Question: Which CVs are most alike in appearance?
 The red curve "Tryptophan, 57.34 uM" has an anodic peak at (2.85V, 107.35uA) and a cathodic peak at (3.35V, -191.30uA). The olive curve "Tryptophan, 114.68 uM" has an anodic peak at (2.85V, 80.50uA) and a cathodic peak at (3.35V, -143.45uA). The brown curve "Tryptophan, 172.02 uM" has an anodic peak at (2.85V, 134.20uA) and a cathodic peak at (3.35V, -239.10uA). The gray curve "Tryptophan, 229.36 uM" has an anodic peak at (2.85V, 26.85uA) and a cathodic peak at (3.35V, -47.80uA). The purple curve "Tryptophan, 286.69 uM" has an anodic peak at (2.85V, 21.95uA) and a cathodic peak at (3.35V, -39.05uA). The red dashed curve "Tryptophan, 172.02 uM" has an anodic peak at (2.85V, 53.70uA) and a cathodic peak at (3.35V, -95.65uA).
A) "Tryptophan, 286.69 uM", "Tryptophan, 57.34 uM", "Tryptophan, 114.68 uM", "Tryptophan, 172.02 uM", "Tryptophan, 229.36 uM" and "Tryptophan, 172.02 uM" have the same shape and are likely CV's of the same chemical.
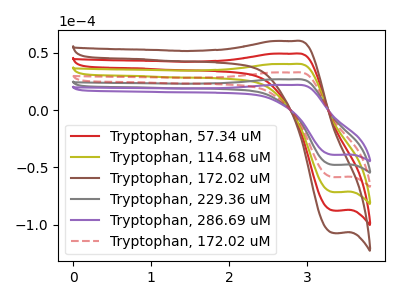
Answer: <think>All the peaks in "Tryptophan, 57.34 uM" have a peak in "Tryptophan, 114.68 uM" at the same potential. Every peak in "Tryptophan, 57.34 uM" is higher than every peak in "Tryptophan, 114.68 uM". All the peaks in "Tryptophan, 57.34 uM" have a peak in "Tryptophan, 172.02 uM" at the same potential. Every peak in "Tryptophan, 57.34 uM" is lower than every peak in "Tryptophan, 172.02 uM". All the peaks in "Tryptophan, 57.34 uM" have a peak in "Tryptophan, 229.36 uM" at the same potential. Every peak in "Tryptophan, 57.34 uM" is higher than every peak in "Tryptophan, 229.36 uM". All the peaks in "Tryptophan, 57.34 uM" have a peak in "Tryptophan, 286.69 uM" at the same potential. Every peak in "Tryptophan, 57.34 uM" is higher than every peak in "Tryptophan, 286.69 uM". All the peaks in "Tryptophan, 57.34 uM" have a peak in "Tryptophan, 172.02 uM" at the same potential. Every peak in "Tryptophan, 57.34 uM" is higher than every peak in "Tryptophan, 172.02 uM". All the peaks in "Tryptophan, 114.68 uM" have a peak in "Tryptophan, 172.02 uM" at the same potential. Every peak in "Tryptophan, 114.68 uM" is lower than every peak in "Tryptophan, 172.02 uM". All the peaks in "Tryptophan, 114.68 uM" have a peak in "Tryptophan, 229.36 uM" at the same potential. Every peak in "Tryptophan, 114.68 uM" is higher than every peak in "Tryptophan, 229.36 uM". All the peaks in "Tryptophan, 114.68 uM" have a peak in "Tryptophan, 286.69 uM" at the same potential. Every peak in "Tryptophan, 114.68 uM" is higher than every peak in "Tryptophan, 286.69 uM". All the peaks in "Tryptophan, 114.68 uM" have a peak in "Tryptophan, 172.02 uM" at the same potential. Every peak in "Tryptophan, 114.68 uM" is higher than every peak in "Tryptophan, 172.02 uM". All the peaks in "Tryptophan, 172.02 uM" have a peak in "Tryptophan, 229.36 uM" at the same potential. Every peak in "Tryptophan, 172.02 uM" is higher than every peak in "Tryptophan, 229.36 uM". All the peaks in "Tryptophan, 172.02 uM" have a peak in "Tryptophan, 286.69 uM" at the same potential. Every peak in "Tryptophan, 172.02 uM" is higher than every peak in "Tryptophan, 286.69 uM". All the peaks in "Tryptophan, 172.02 uM" have a peak in "Tryptophan, 172.02 uM" at the same potential. Every peak in "Tryptophan, 172.02 uM" is higher than every peak in "Tryptophan, 172.02 uM". All the peaks in "Tryptophan, 229.36 uM" have a peak in "Tryptophan, 286.69 uM" at the same potential. Every peak in "Tryptophan, 229.36 uM" is higher than every peak in "Tryptophan, 286.69 uM". All the peaks in "Tryptophan, 229.36 uM" have a peak in "Tryptophan, 172.02 uM" at the same potential. Every peak in "Tryptophan, 229.36 uM" is lower than every peak in "Tryptophan, 172.02 uM". All the peaks in "Tryptophan, 286.69 uM" have a peak in "Tryptophan, 172.02 uM" at the same potential. Every peak in "Tryptophan, 286.69 uM" is lower than every peak in "Tryptophan, 172.02 uM".
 </think>
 <answer>A) "Tryptophan, 286.69 uM", "Tryptophan, 57.34 uM", "Tryptophan, 114.68 uM", "Tryptophan, 172.02 uM", "Tryptophan, 229.36 uM" and "Tryptophan, 172.02 uM" have the same shape and are likely CV's of the same chemical.</answer>
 <eval>A</eval>